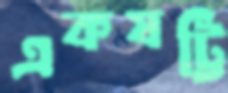
একষট্টি